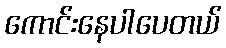
ကောင်းနေပါပေတယ်